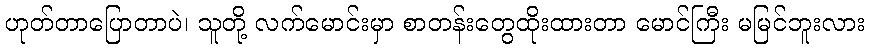
ဟုတ်တာပြောတာပဲ၊ သူတို့ လက်မောင်းမှာ စာတန်းတွေထိုးထားတာ မောင်ကြီး မမြင်ဘူးလား